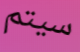
سيتم